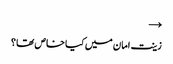
→
زینت امان میں کیا خاص تھا ؟